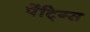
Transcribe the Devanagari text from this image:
पेंटि्ग्स